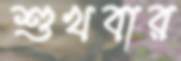
শুখবার